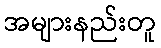
အများနည်းတူ